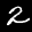
Label: 2